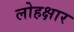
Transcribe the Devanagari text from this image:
लोहक्षार